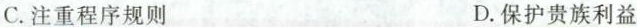
C.注重程序规则 D.保护贵族利益